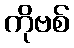
ကိုဗစ်